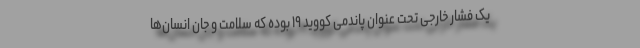
یک فشار خارجی تحت عنوان پاندمی کووید ۱۹ بوده که سلامت و جان انسان‌ها